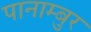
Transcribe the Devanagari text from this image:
पानाम्बुर